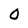
Character: 0